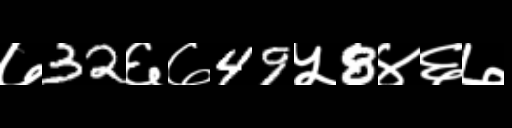
Text: ७32६७49५8४६७